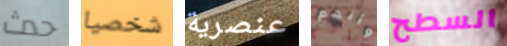
حدث شخصيا عنصرية وأنهم السطح